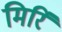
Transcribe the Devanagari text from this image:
मिरिं